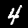
Digit: 4